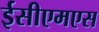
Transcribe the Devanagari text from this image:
ईसीएमएस